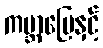
ကမ္ဘာမြေနှင့်